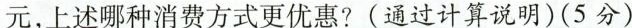
元，上述哪种消费方式更优惠?(通过计算说明)(5分)